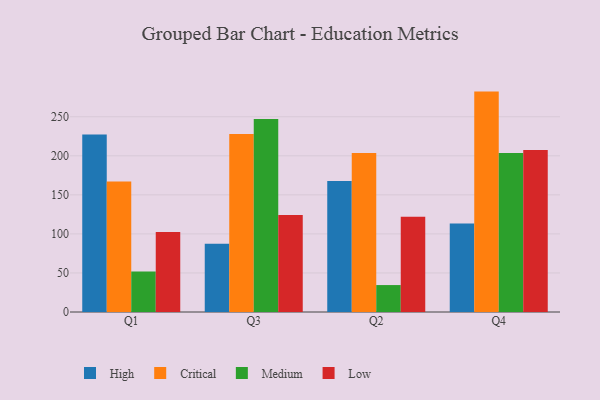
{"axis": {"x": "Quarter", "y": "Backlog"}, "legend": ["Critical", "High", "Low", "Medium"], "data": [{"x": "Q1", "y": 227.4, "type": "High"}, {"x": "Q1", "y": 167.0, "type": "Critical"}, {"x": "Q1", "y": 51.8, "type": "Medium"}, {"x": "Q1", "y": 102.5, "type": "Low"}, {"x": "Q3", "y": 87.3, "type": "High"}, {"x": "Q3", "y": 227.8, "type": "Critical"}, {"x": "Q3", "y": 247.0, "type": "Medium"}, {"x": "Q3", "y": 124.2, "type": "Low"}, {"x": "Q2", "y": 167.6, "type": "High"}, {"x": "Q2", "y": 203.7, "type": "Critical"}, {"x": "Q2", "y": 34.5, "type": "Medium"}, {"x": "Q2", "y": 122.1, "type": "Low"}, {"x": "Q4", "y": 113.3, "type": "High"}, {"x": "Q4", "y": 282.2, "type": "Critical"}, {"x": "Q4", "y": 203.6, "type": "Medium"}, {"x": "Q4", "y": 207.5, "type": "Low"}]}